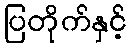
ပြတိုက်နှင့်